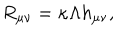
R _ { \mu \nu } = \kappa \Lambda h _ { \mu \nu } ,